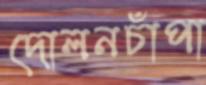
দোলনচাঁপা